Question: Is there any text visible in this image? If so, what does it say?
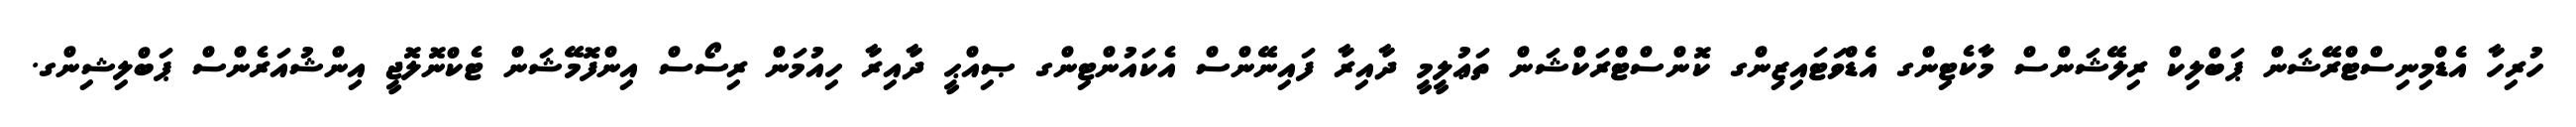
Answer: ހުރިހާ އެޑްމިނިސްޓްރޭޝަން ޕަބްލިކް ރިލޭޝަންސް މާކެޓިންގ އެޑްވަޓައިޒިންގ ކޮންސްޓްރަކްޝަން ތަޢުލީމީ ދާއިރާ ފައިނޭންސް އެކައުންޓިންގ ޞިއްޙީ ދާއިރާ ހިއުމަން ރިސޯސް އިންފޮމޭޝަން ޓެކްނޮލޮޖީ އިންޝުއަރެންސް ޕަބްލިޝިންގ.